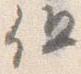
但